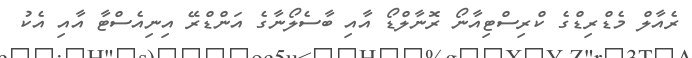
ރެއާލް މެޑްރިޑްގެ ކްރިސްޓިއާނޯ ރޮނާލްޑޯ އާއި ބާސެލޯނާގެ އަންޑްރޭ އިނިއެސްޓާ އާއި އެކު